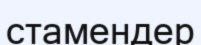
стамендер